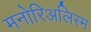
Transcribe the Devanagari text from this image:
मनोरिअलिस्म